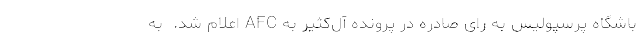
باشگاه پرسپولیس به رای صادره در پرونده آل‌کثیر به AFC اعلام شد.  به